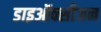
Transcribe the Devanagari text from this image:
डाइऑक्सीजन